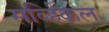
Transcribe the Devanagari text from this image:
सर्व्हिकल